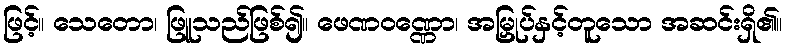
ဖြင့်။ သေတော၊ ဖြူသည်ဖြစ်၍။ ဖေဏဝဏ္ဏော၊ အမြှုပ်နှင့်တူသော အဆင်းရှိ၏။